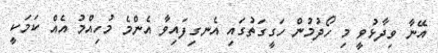
އޭނާ ވިދާޅުވީ މި ހޯދުމުން ހަގީގަތުގައި އެނގިފައިވާ އެންމެ މުހިއްމު އެއް ކަމަކީ